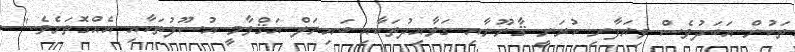
ތަކުން އަބަދުވެސް ވިޔަފާރި ކުރަނީ ޤާނޫނާއި ގަވާއިދުތަކާއި ބައިނަލް އަޤްވާމީ އުސޫލުތަކާއި އެއްގޮތަށެވެ."